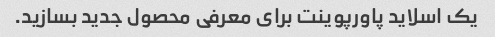
یک اسلاید پاورپوینت برای معرفی محصول جدید بسازید.